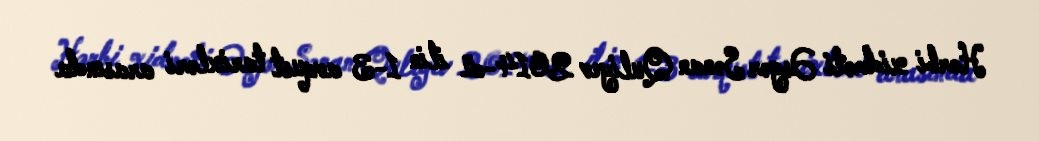
Hərbi xidməti Əsgər Sənan Quliyev 2014-cü ilin 1-3 avqust tarixləri arasında